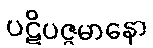
ပဋိပဇ္ဇမာနော